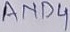
Text: AND4